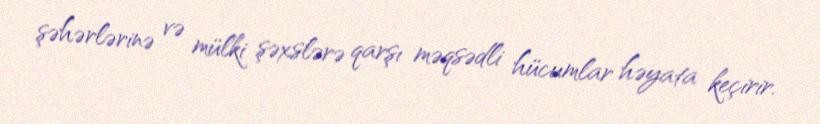
şəhərlərinə və mülki şəxslərə qarşı məqsədli hücumlar həyata keçirir.